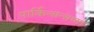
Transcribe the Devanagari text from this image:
पार्किन्सन्सच्या